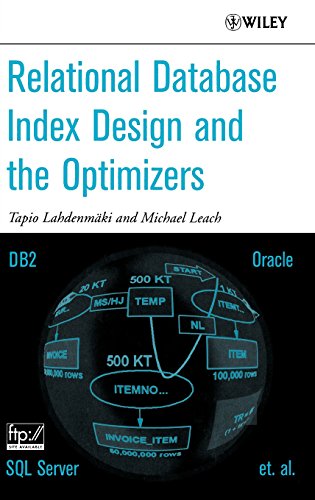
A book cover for Relational Database Index Design and the Optimizers; Tapio Lahdenmaki; Computers & Technology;